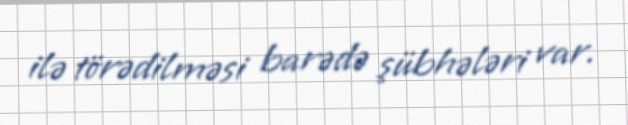
ilə törədilməsi barədə şübhələri var.